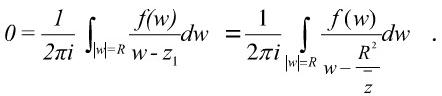
\[
0 = \frac{1}{2\pi i} \int_{|w| = R} \frac{f(w)}{w - z_1} dw = \frac{1}{2\pi i} \int_{|w| = R} \frac{f(w)}{w - \frac{R^2}{\overline{z}}} dw \,.
\]